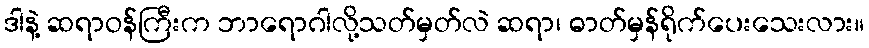
ဒါနဲ့ ဆရာဝန်ကြီးက ဘာရောဂါလို့သတ်မှတ်လဲ ဆရာ၊ ဓာတ်မှန်ရိုက်ပေးသေးလား။